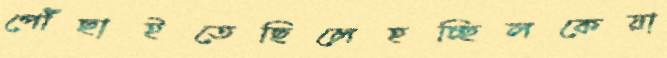
পৌঁছাইতেছিলেহচ্ছিলকেয়া